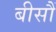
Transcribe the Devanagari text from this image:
बीसौं